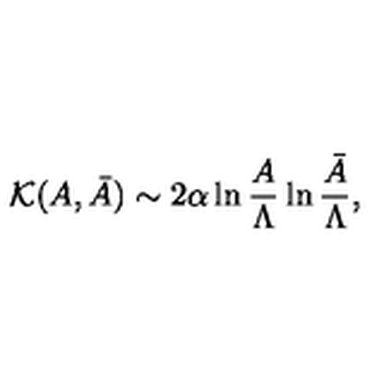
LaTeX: { \cal K } ( A , \bar { A } ) \sim 2 \alpha \ln { \frac { A } { \Lambda } } \ln { \frac { \bar { A } } { \Lambda } } ,